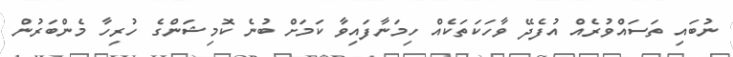
ނުބައި ތަސައްވުރެއް އުފެދޭ ވާހަކަތަކެއް ހިމަނާފައިވާ ކަމަށް ބުނެ ކޮމިޝަންގެ ހުރިހާ މެންބަރުން